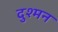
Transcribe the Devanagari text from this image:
दुश्‍मन